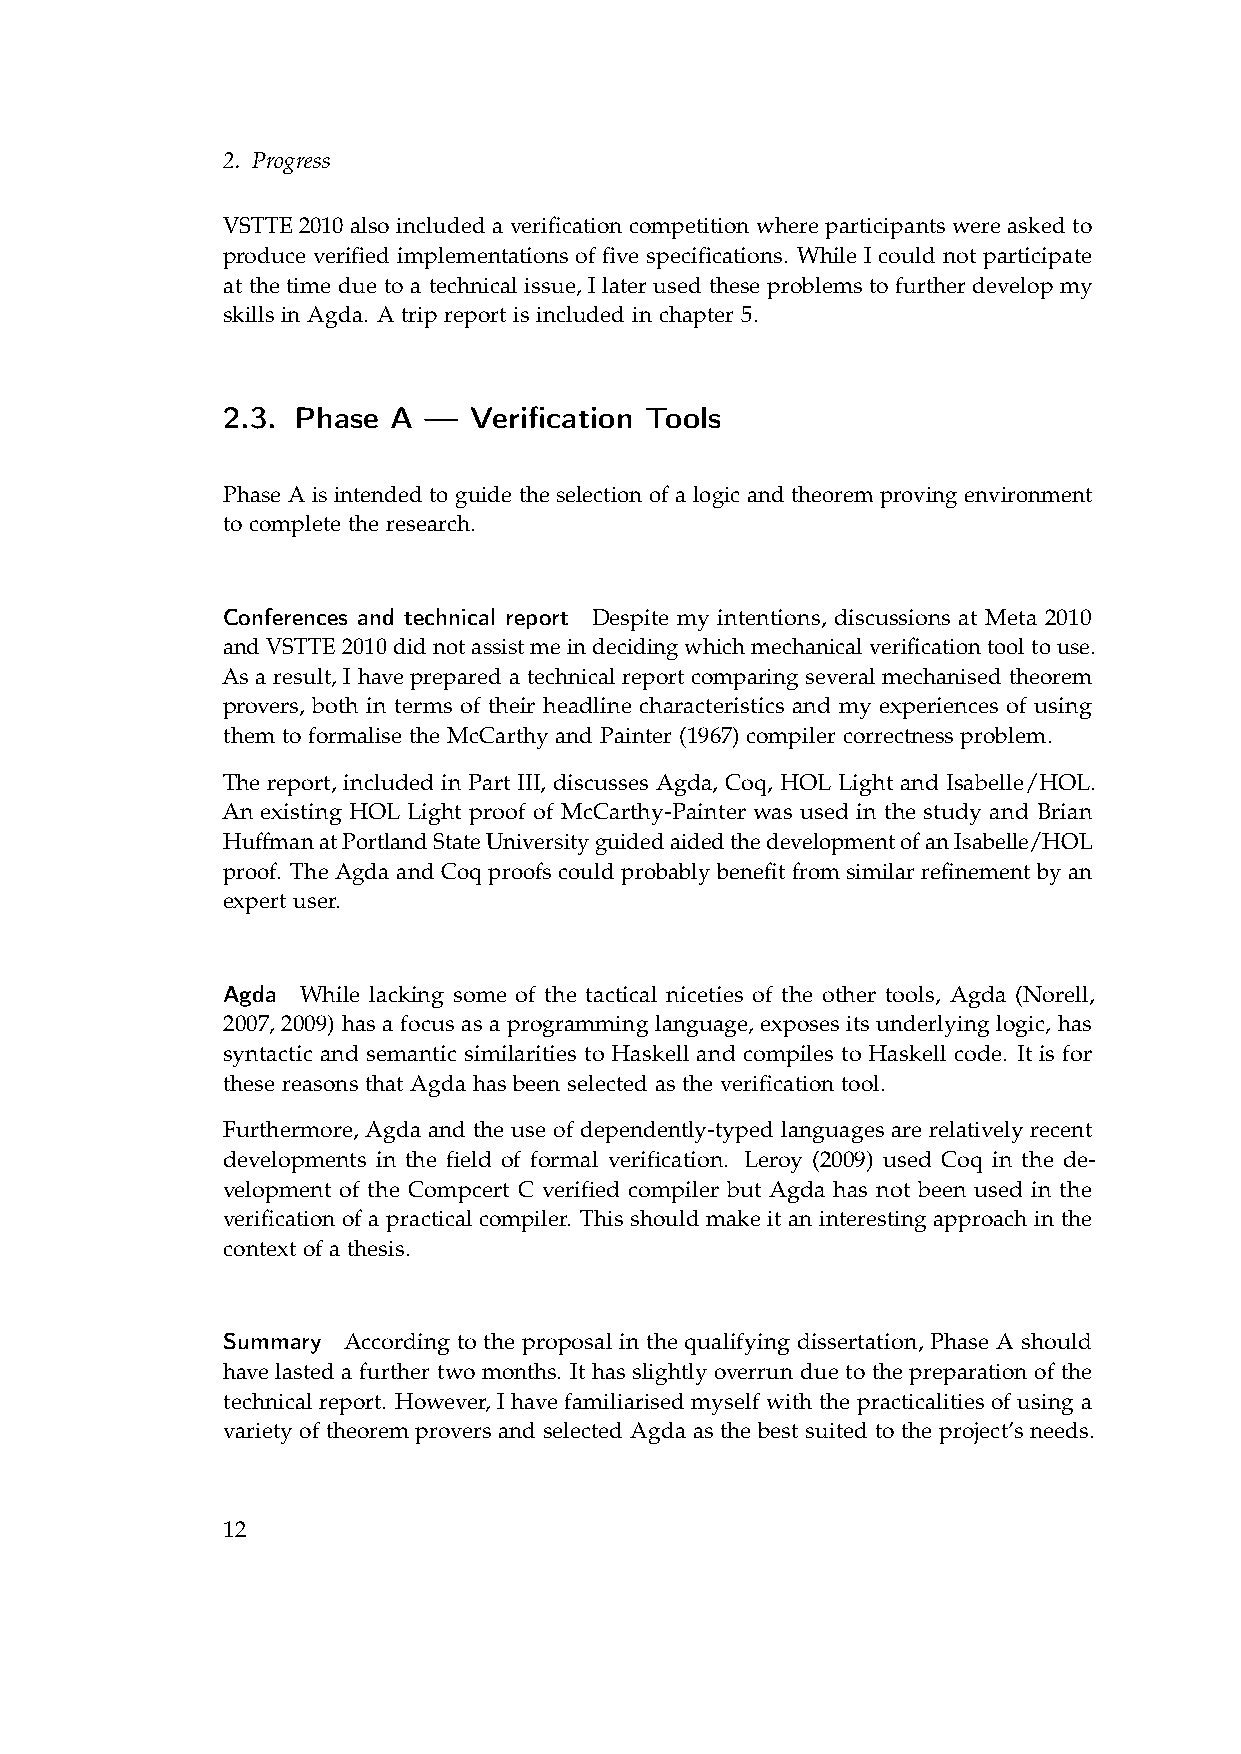
2. Progress
 VSTTE 2010 also included a verification competition where participants were asked to
 produce verified implementations of five specifications. While I could not participate
 at the time due to a technical issue, I later used these problems to further develop my
 skills in Agda. A trip report is included in chapter 5.
 2.3. Phase A —  Verification Tools
 Phase A is intended to guide the selection of a logic and theorem proving environment
 to complete the research.
 Conferences and technical report Despite my intentions, discussions at Meta 2010
 andVSTTE2010didnotassistmeindecidingwhichmechanicalverificationtooltouse.
 As a result, I have prepared a technical report comparing several mechanised theorem
 provers, both in terms of their headline characteristics and my experiences of using
 them to formalise the McCarthy and Painter (1967) compiler correctness problem.
 The report, included in Part III, discusses Agda, Coq, HOL Light and Isabelle/HOL.
 An existing HOL Light proof of McCarthy-Painter was used in the study and Brian
 HuffmanatPortlandStateUniversityguidedaidedthedevelopmentofanIsabelle/HOL
 proof. The Agda and Coq proofs could probably benefit from similar refinement by an
 expert user.
 Agda While lacking some of the tactical niceties of the other tools, Agda (Norell,
 2007, 2009) has a focus as a programming language, exposes its underlying logic, has
 syntactic and semantic similarities to Haskell and compiles to Haskell code. It is for
 these reasons that Agda has been selected as the verification tool.
 Furthermore, Agda and the use of dependently-typed languages are relatively recent
 developments in the field of formal verification. Leroy (2009) used Coq in the de-
 velopment of the Compcert C verified compiler but Agda has not been used in the
 verification of a practical compiler. This should make it an interesting approach in the
 context of a thesis.
 Summary According to the proposal in the qualifying dissertation, Phase A should
 have lasted a further two months. It has slightly overrun due to the preparation of the
 technical report. However, I have familiarised myself with the practicalities of using a
 variety of theorem provers and selected Agda as the best suited to the project’s needs.
 12